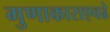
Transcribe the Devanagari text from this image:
गुणाकाराएवढे